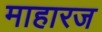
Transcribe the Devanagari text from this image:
माहारज